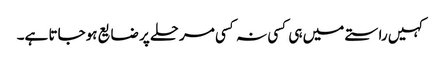
کہیں راستے میں ہی کسی نہ کسی مرحلے پر ضایع ہوجاتا ہے۔